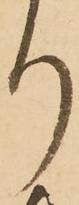
り